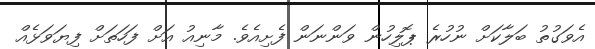
އެވަގުތު ބަލާކަށް ނުހުރެ ޕޮލިހުން ވަންނަން ފެށިއެވެ. މާނިއު އަށް ފަހަތަށް ފިޔަވަޅެއް